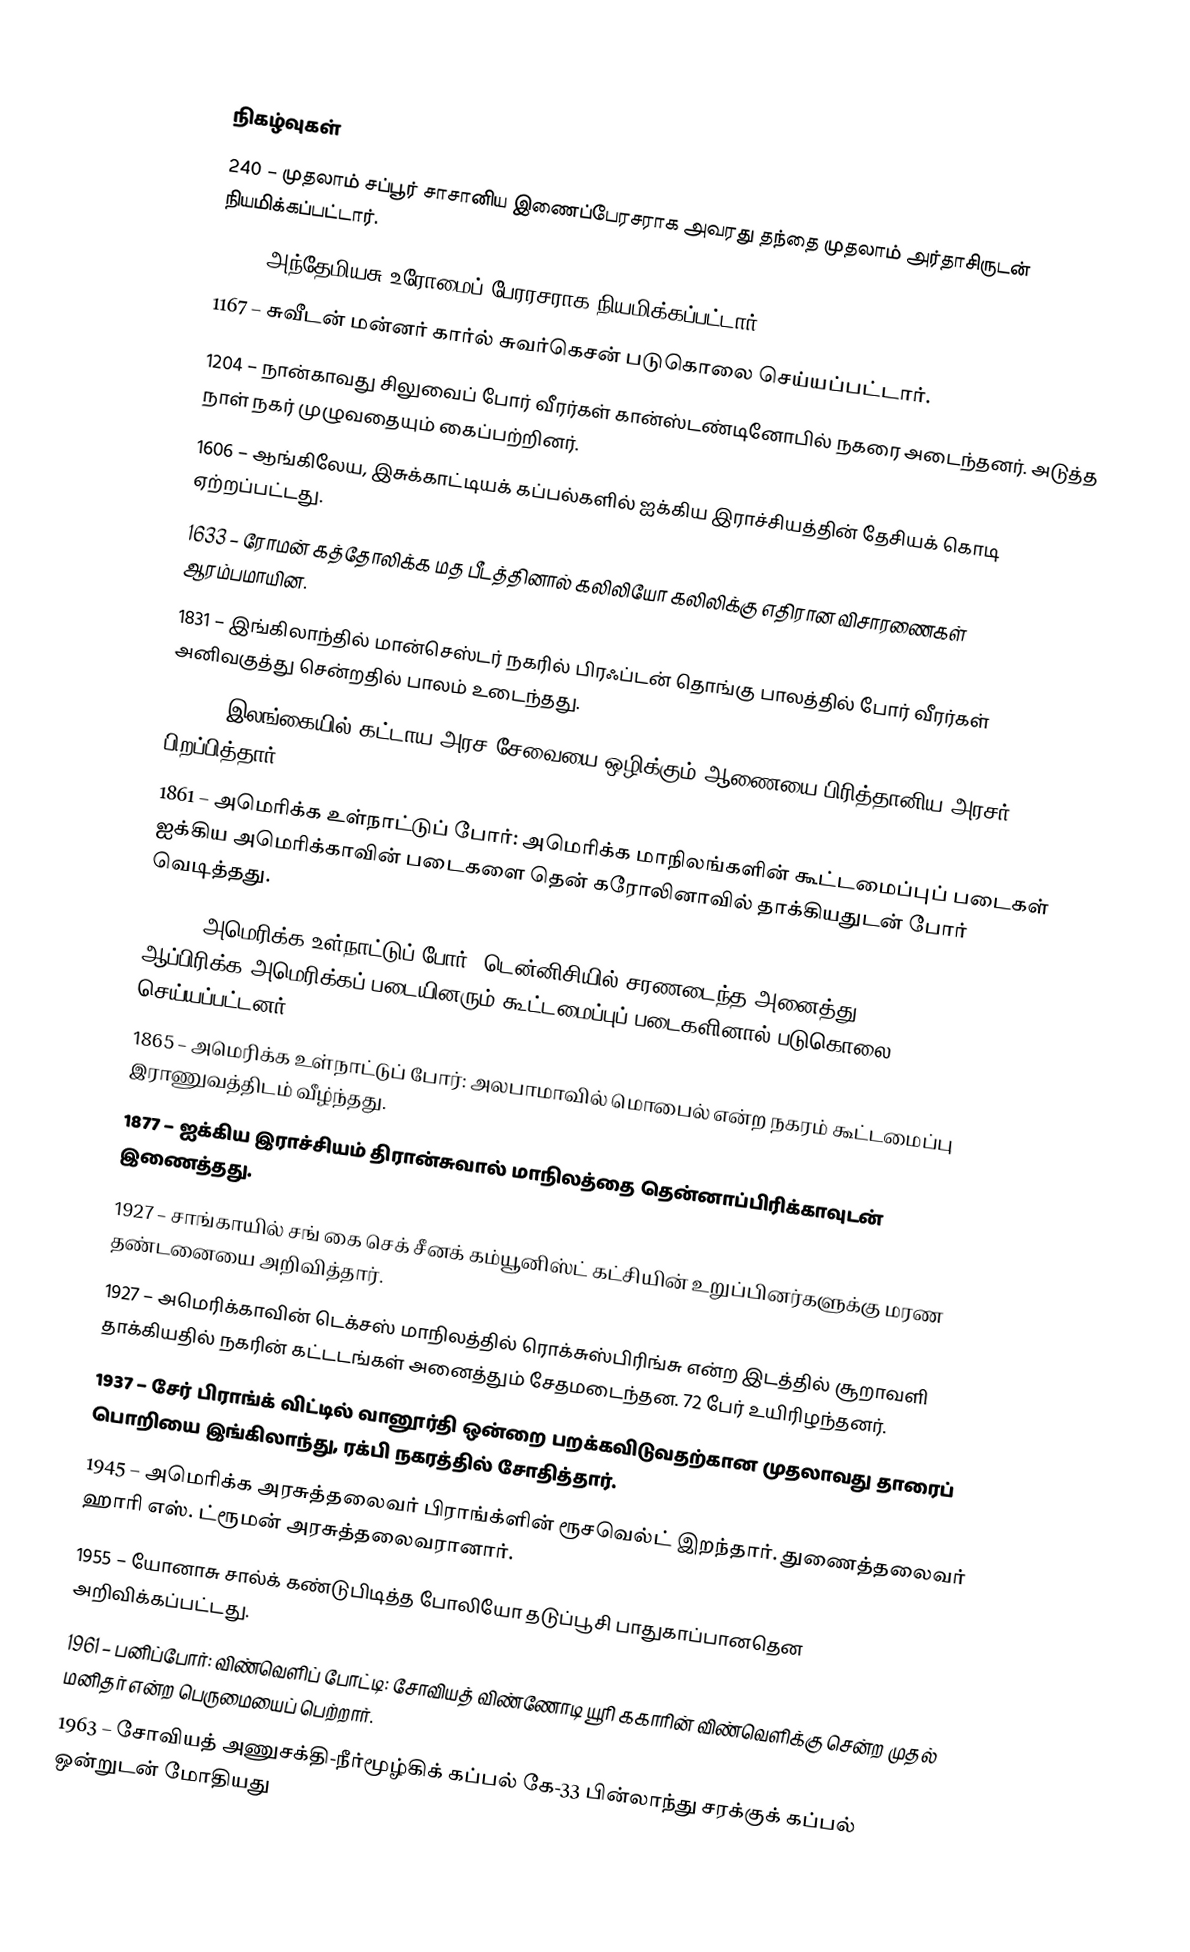

நிகழ்வுகள்
 240 – முதலாம் சப்பூர் சாசானிய இணைப்பேரசராக அவரது தந்தை முதலாம் அர்தாசிருடன் நியமிக்கப்பட்டார்.
 467 – அந்தேமியசு உரோமைப் பேரரசராக நியமிக்கப்பட்டார்.
1167 – சுவீடன் மன்னர் கார்ல் சுவர்கெசன் படுகொலை செய்யப்பட்டார்.
1204 – நான்காவது சிலுவைப் போர் வீரர்கள் கான்ஸ்டண்டினோபில் நகரை அடைந்தனர். அடுத்த நாள் நகர் முழுவதையும் கைப்பற்றினர்.
1606 – ஆங்கிலேய, இசுக்காட்டியக் கப்பல்களில் ஐக்கிய இராச்சியத்தின் தேசியக் கொடி ஏற்றப்பட்டது.
1633 – ரோமன் கத்தோலிக்க மத பீடத்தினால் கலிலியோ கலிலிக்கு எதிரான விசாரணைகள் ஆரம்பமாயின.
1831 – இங்கிலாந்தில் மான்செஸ்டர் நகரில் பிரஃப்டன் தொங்கு பாலத்தில் போர் வீரர்கள் அனிவகுத்து சென்றதில் பாலம் உடைந்தது.
1832 – இலங்கையில் கட்டாய அரச சேவையை ஒழிக்கும் ஆணையை பிரித்தானிய அரசர் பிறப்பித்தார்.
1861 – அமெரிக்க உள்நாட்டுப் போர்: அமெரிக்க மாநிலங்களின் கூட்டமைப்புப் படைகள் ஐக்கிய அமெரிக்காவின் படைகளை தென் கரோலினாவில் தாக்கியதுடன் போர் வெடித்தது.
1864 – அமெரிக்க உள்நாட்டுப் போர்: டென்னிசியில் சரணடைந்த அனைத்து ஆப்பிரிக்க-அமெரிக்கப் படையினரும் கூட்டமைப்புப் படைகளினால் படுகொலை செய்யப்பட்டனர்.
1865 – அமெரிக்க உள்நாட்டுப் போர்: அலபாமாவில் மொபைல் என்ற நகரம் கூட்டமைப்பு இராணுவத்திடம் வீழ்ந்தது.
1877 – ஐக்கிய இராச்சியம் திரான்சுவால் மாநிலத்தை தென்னாப்பிரிக்காவுடன் இணைத்தது.
1927 – சாங்காயில் சங் கை செக் சீனக் கம்யூனிஸ்ட் கட்சியின் உறுப்பினர்களுக்கு மரண தண்டனையை அறிவித்தார்.
1927 – அமெரிக்காவின் டெக்சஸ் மாநிலத்தில் ரொக்சுஸ்பிரிங்சு என்ற இடத்தில் சூறாவளி தாக்கியதில் நகரின் கட்டடங்கள் அனைத்தும் சேதமடைந்தன. 72 பேர் உயிரிழந்தனர்.
1937 – சேர் பிராங்க் விட்டில் வானூர்தி ஒன்றை பறக்கவிடுவதற்கான முதலாவது தாரைப் பொறியை இங்கிலாந்து, ரக்பி நகரத்தில் சோதித்தார்.
1945 – அமெரிக்க அரசுத்தலைவர் பிராங்க்ளின் ரூசவெல்ட் இறந்தார். துணைத்தலைவர் ஹாரி எஸ். ட்ரூமன் அரசுத்தலைவரானார்.
1955 – யோனாசு சால்க் கண்டுபிடித்த போலியோ தடுப்பூசி பாதுகாப்பானதென அறிவிக்கப்பட்டது.
1961 – பனிப்போர்: விண்வெளிப் போட்டி: சோவியத் விண்ணோடி யூரி ககாரின் விண்வெளிக்கு சென்ற முதல் மனிதர் என்ற பெருமையைப் பெற்றார்.
1963 – சோவியத் அணுசக்தி-நீர்மூழ்கிக் கப்பல் கே-33 பின்லாந்து சரக்குக் கப்பல் ஒன்றுடன் மோதியது